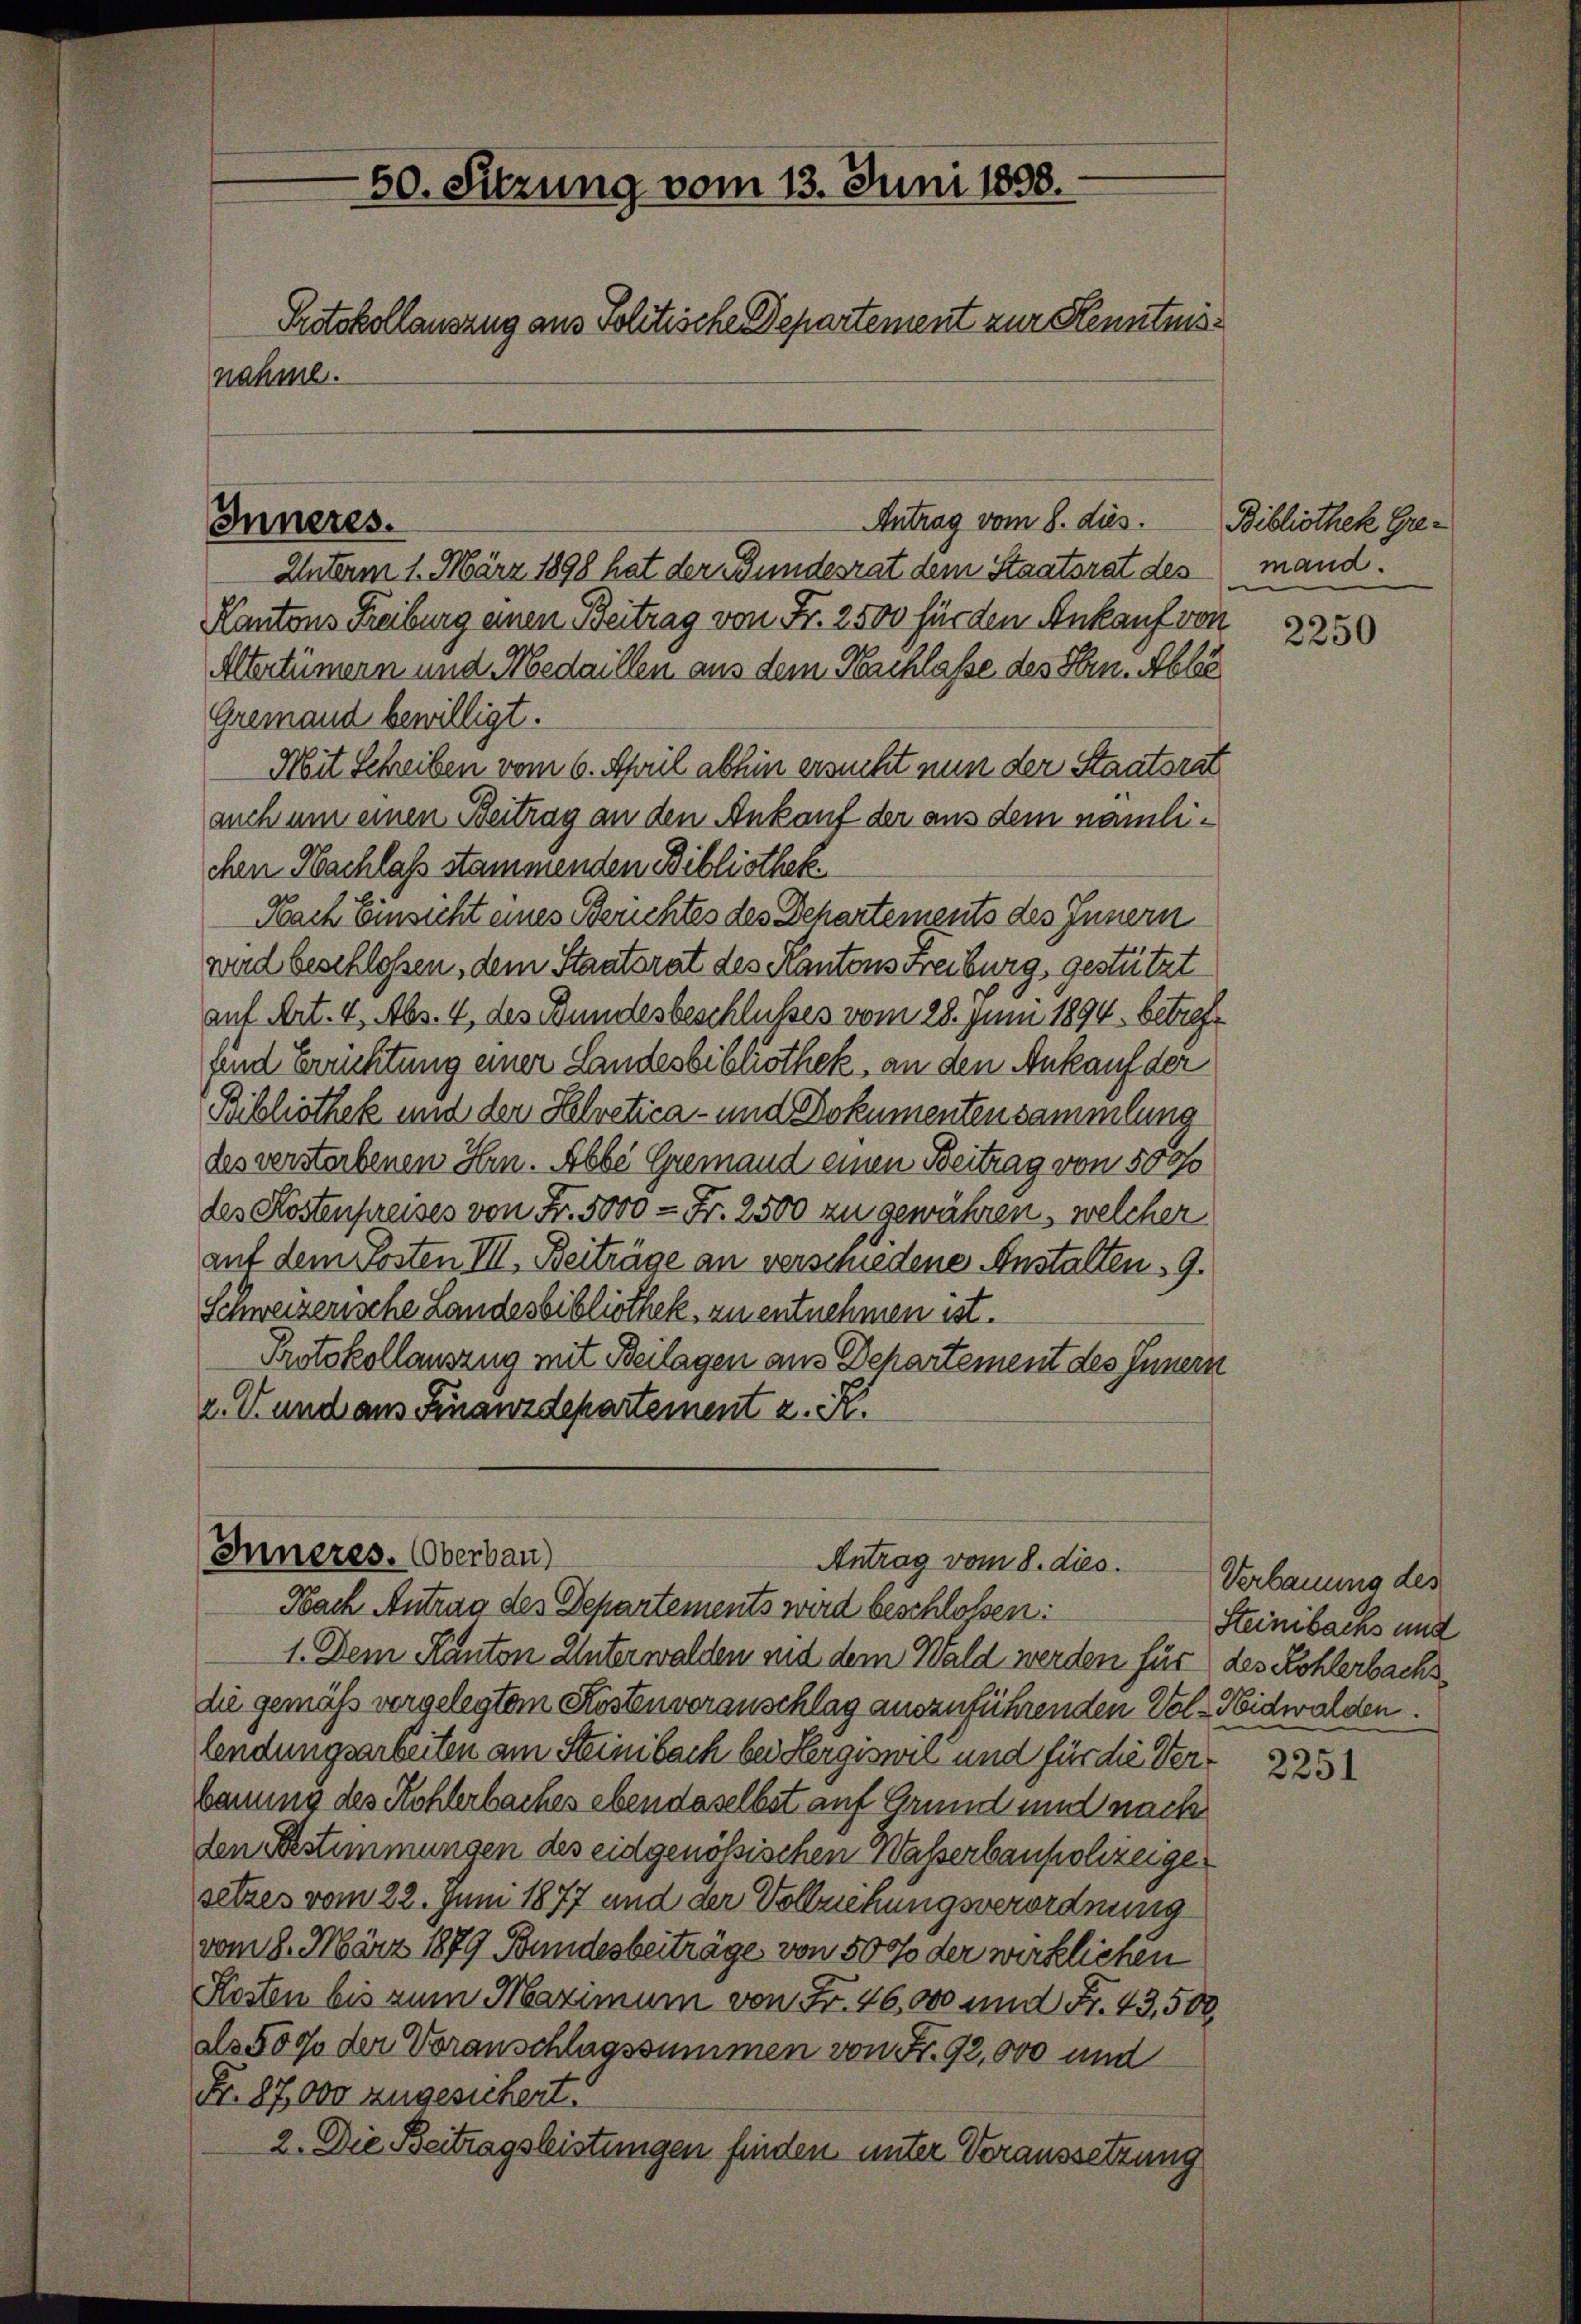
50. Sitzung vom 13. Juni 1858.
Protokollauszug aus Politische Departement zur Kenntnis
nahme.

Inneres.

Antrag vom 8. dies

Unterm 1. März 1898 hat der Bundesrat dem Staatsrat des
Kantons Freiburg einen Beitrag von Fr. 2500 für den Ankauf von
Altertümern und Medaillen aus dem Nachlasse des Hrn. Abla
Gremand bewilligt.
Mit Schreiben vom 6. April abhin ersucht nun der Staatsrat
auch um einen Beitrag an den Ankauf der aus dem nämlichen Nachlaß stammenden Bibliothek
Nach Einsicht eines Berichtes des Dechartements des Innern
ward beschlossen, dem Staatsrat des Kantons Freiburg gestützt
auf Art. 4, Abs. 4, des Bundesbeschlusses vom 28. Juni 1894. betreff
fend Brüchtung einer Landesbibliothek, an den Ankauf der
Bibliothek und den Helvetica und Dokumentensammlung
des verstorbenen Hrn. Abbe Gremand einen Beitrag von 500
des Kostenpreises von Fr. 5000 - Fr. 2500 zu gewähren, welcher
auf dem Posten III. Beiträge an verschiedene Anstalten 9.
Schweizerische Landesbibliothek zu entnehmen ist.
Protokollauszug mit Beilagen aus Departement des Innern
v. U. und aus Finanzdepartement z. K.

Inneres. Oberbau)
Antrag vom 8. dies
Nach Antrag des Departements wird beschlossen:

1. Dem Kanton Unterwalden und dem Wald werden für des Kohlerbachsdie gemäß vorgelegtem Köstenvoranschlag auszuführenden Vol- Nidwalden.
lendungsarbeiten am Steinbach bei Hergiswil und für die Ver¬
Bauung des Kohlerbaches ebendaselbst auf Grund und nach
den Bestimmungen des eidgenößischen Wasserbaupolizeige
setzes vom 22. Juni 1877 und der Vollziehungsverordnung
vom 8. März 1879 Bundesbeiträge von 50 % der wirklichen
Kosten bis zum Maximum von Fr. 46,000 und Fr. 43. 502
als 5000 der Voranschlagssummen von Fr. 92,000 und
Fr. 87,000 zugesichert.
2. Die Beitragsleistungen finden unter Voraussetzung

Bibliothek Gremand.

2250

Verbauung des
Steinbachs und

2251